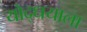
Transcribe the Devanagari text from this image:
योद्धयाला